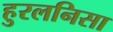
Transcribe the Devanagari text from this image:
हुरलनिसा